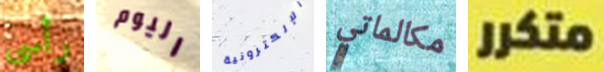
رأسى اليوم الإلكترونية مكالماتي متكرر